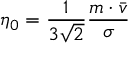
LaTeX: \quad \eta _ { 0 } = { \frac { 1 } { 3 { \sqrt { 2 } } } } { \frac { m \cdot { \bar { v } } } { \sigma } }